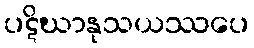
ပဋိဃာနုသယဿပေ